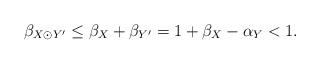
LaTeX: \begin{align*}\beta_{X\odot Y'}\leq \beta_X+\beta_{Y'}=1+\beta_X-\alpha_{Y}<1.\end{align*}